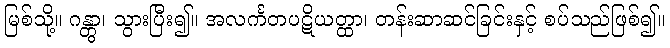
မြစ်သို့။ ဂန္တွာ၊ သွားပြီး၍။ အလင်္ကတပဋိယတ္ထာ၊ တန်းဆာဆင်ခြင်းနှင့် စပ်သည်ဖြစ်၍။